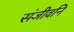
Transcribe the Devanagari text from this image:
संजीवनि